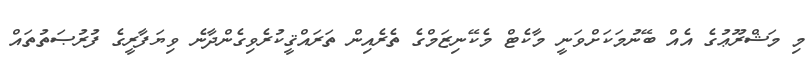
މި މަޝްރޫޢުގެ އެއް ބޭނުމަކަށްވަނީ މާކެޓް މެކޭނިޒަމްގެ ތެރެއިން ތަރައްޤީކުރެވިގެންދާނެ ވިޔަފާރީގެ ފުރުޞަތުތައް